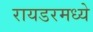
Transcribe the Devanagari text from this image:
रायडरमध्ये